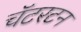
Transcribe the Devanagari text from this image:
चॅटरटन